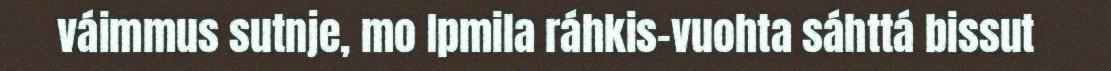
váimmus sutnje, mo Ipmila ráhkis-vuohta sáhttá bissut